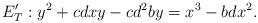
LaTeX: \begin{align*}E_{T}^{\prime}:y^{2}+cdxy-cd^{2}by=x^{3}-bdx^{2}. \end{align*}